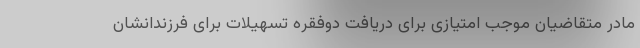
مادر متقاضیان موجب امتیازی برای دریافت دوفقره تسهیلات برای فرزندانشان